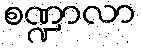
စဏ္ဍာလာ